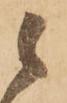
候